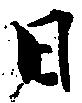
日